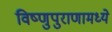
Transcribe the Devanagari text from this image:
विष्णुपुराणामध्ये